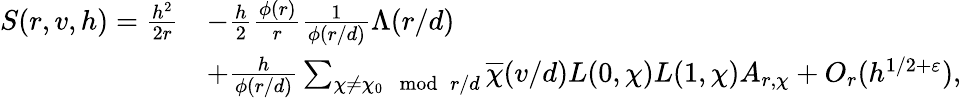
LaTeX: \begin{array}{rl}{S(r,v,h)=\frac{h^{2}}{2r}}&{-\frac h2\frac{\phi(r)}{r}\frac 1{\phi(r/d)}\Lambda(r/d)}\\ &{+\frac h{\phi(r/d)}\sum_{\chi\ne\chi_{0}\mod{r/d}}\overline{{\chi}}(v/d)L(0,\chi)L(1,\chi)A_{r,\chi}+O_{r}(h^{1/2+\varepsilon}),}\end{array}